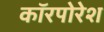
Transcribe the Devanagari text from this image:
कॉरपोरेश